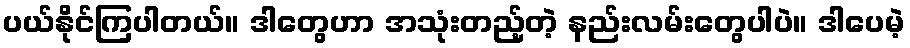
ပယ်နိုင်ကြပါတယ်။ ဒါတွေဟာ အသုံးတည့်တဲ့ နည်းလမ်းတွေပါပဲ။ ဒါပေမဲ့